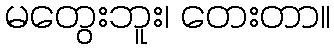
မတွေးဘူး၊ တေးတာ။